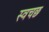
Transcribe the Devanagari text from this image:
स्वचछ